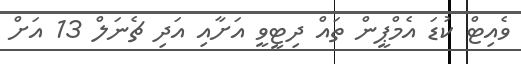
ވެއިޓް ކުޑަ އެމްޕީން ތައް ދިޓީވީ އަށާއި އަދި ޗެނަލް 13 އަށް